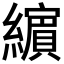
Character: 𦆯